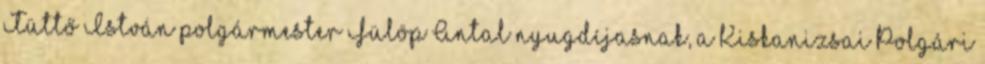
Tüttő István polgármester Fülöp Antal nyugdíjasnak, a Kiskanizsai Polgári